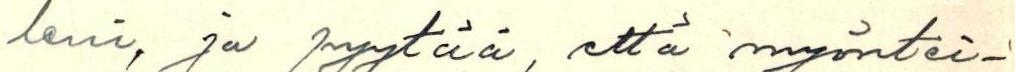
leni, ja pyytää, että myöntei-